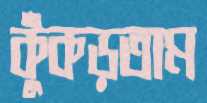
কুঁকড়তাম